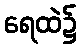
ရေထဲ၌